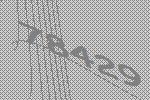
78429